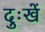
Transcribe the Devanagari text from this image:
दुःखें